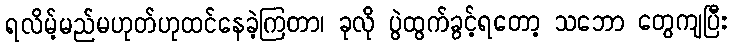
ရလိမ့်မည်မဟုတ်ဟုထင်နေခဲ့ကြတာ၊ ခုလို ပွဲထွက်ခွင့်ရတော့ သဘော တွေကျပြီး